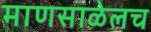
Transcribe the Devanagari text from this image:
माणसाळेलच